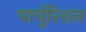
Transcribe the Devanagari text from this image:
पार्चुरिशन